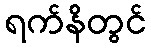
ရက်နိတွင်